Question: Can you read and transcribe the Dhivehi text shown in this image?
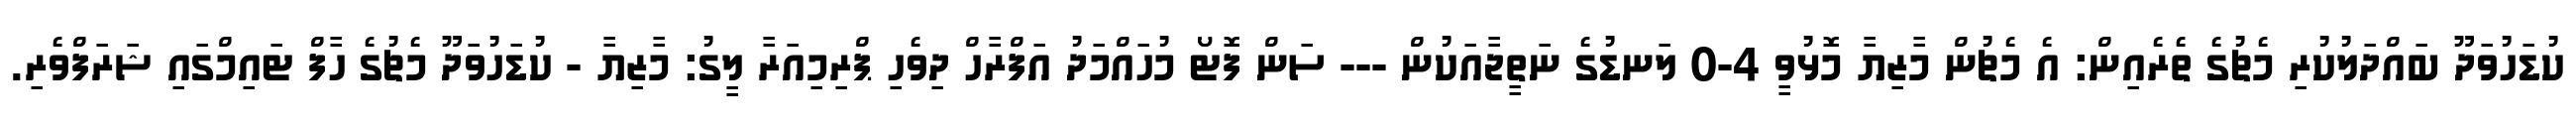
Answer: ކުޑަހުވަދޫ ބައްދަލުކުރި މެޗުގެ ތެރެއިން: އެ މެޗުން މާޒިޔާ މޮޅުވީ 4-0 ލަނޑުގެ ނަތީޖާއަކުން --- ސަން ފޮޓޯ މުހައްމަދު އަފްރާހް ދިވެހި ޕްރިމިއަރާ ލީގު: މާޒިޔާ - ކުޑަހުވަދޫ މެޗުގެ ހާފް ޓައިމްގައި ޝަރަފްވެރި.